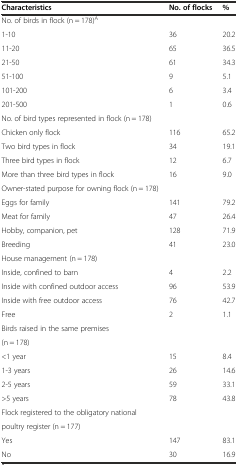
<table><thead><tr><td><b>Characteristics</b></td><td><b>No. of flocks</b></td><td><b>%</b></td></tr></thead><tbody><tr><td>No. of birds in flock (n = 178)<sup>A</sup></td><td></td><td></td></tr><tr><td>1-10</td><td>36</td><td>20.2</td></tr><tr><td>11-20</td><td>65</td><td>36.5</td></tr><tr><td>21-50</td><td>61</td><td>34.3</td></tr><tr><td>51-100</td><td>9</td><td>5.1</td></tr><tr><td>101-200</td><td>6</td><td>3.4</td></tr><tr><td>201-500</td><td>1</td><td>0.6</td></tr><tr><td>No. of bird types represented in flock (n = 178)</td><td></td><td></td></tr><tr><td>Chicken only flock</td><td>116</td><td>65.2</td></tr><tr><td>Two bird types in flock</td><td>34</td><td>19.1</td></tr><tr><td>Three bird types in flock</td><td>12</td><td>6.7</td></tr><tr><td>More than three bird types in flock</td><td>16</td><td>9.0</td></tr><tr><td>Owner-stated purpose for owning flock (n = 178)</td><td></td><td></td></tr><tr><td>Eggs for family</td><td>141</td><td>79.2</td></tr><tr><td>Meat for family</td><td>47</td><td>26.4</td></tr><tr><td>Hobby, companion, pet</td><td>128</td><td>71.9</td></tr><tr><td>Breeding</td><td>41</td><td>23.0</td></tr><tr><td>House management (n = 178)</td><td></td><td></td></tr><tr><td>Inside, confined to barn</td><td>4</td><td>2.2</td></tr><tr><td>Inside with confined outdoor access</td><td>96</td><td>53.9</td></tr><tr><td>Inside with free outdoor access</td><td>76</td><td>42.7</td></tr><tr><td>Free</td><td>2</td><td>1.1</td></tr><tr><td>Birds raised in the same premises</td><td></td><td></td></tr><tr><td>(n = 178)</td><td></td><td></td></tr><tr><td>&lt;1 year</td><td>15</td><td>8.4</td></tr><tr><td>1-3 years</td><td>26</td><td>14.6</td></tr><tr><td>2-5 years</td><td>59</td><td>33.1</td></tr><tr><td>&gt;5 years</td><td>78</td><td>43.8</td></tr><tr><td>Flock registered to the obligatory national</td><td></td><td></td></tr><tr><td>poultry register (n = 177)</td><td></td><td></td></tr><tr><td>Yes</td><td>147</td><td>83.1</td></tr><tr><td>No</td><td>30</td><td>16.9</td></tr></tbody></table>